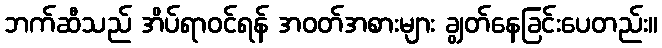
ဘက်ဆီသည် အိပ်ရာဝင်ရန် အဝတ်အစားများ ချွတ်နေခြင်းပေတည်း။